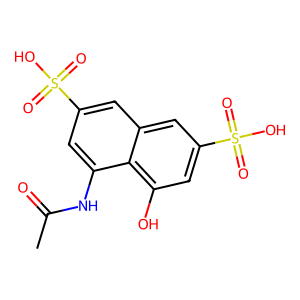
SMILES: CC(=O)Nc1cc(S(=O)(=O)O)cc2cc(S(=O)(=O)O)cc(O)c12
Inhibits HIV replication: No